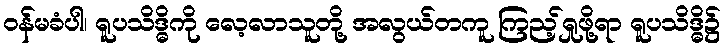
ဝန်မခံပါ၊ ရူပသိဒ္ဓိကို လေ့လာသူတို့ အလွယ်တကူ ကြည့်ရှုဖို့ရာ ရူပသိဒ္ဓိ၌